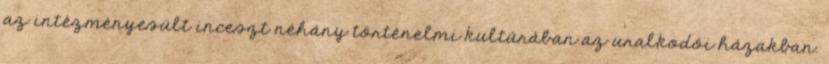
az intézményesült inceszt néhány történelmi kultúrában az uralkodói házakban.